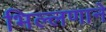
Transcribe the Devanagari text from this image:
भिल्लणाने